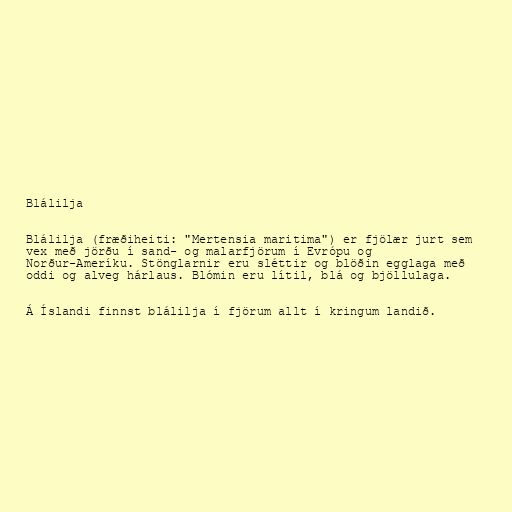
Blálilja

Blálilja (fræðiheiti: "Mertensia maritima") er fjölær jurt sem
vex með jörðu í sand- og malarfjörum í Evrópu og
Norður-Ameríku. Stönglarnir eru sléttir og blöðin egglaga með
oddi og alveg hárlaus. Blómin eru lítil, blá og bjöllulaga.

Á Íslandi finnst blálilja í fjörum allt í kringum landið.